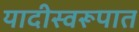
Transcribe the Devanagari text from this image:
यादीस्वरूपात